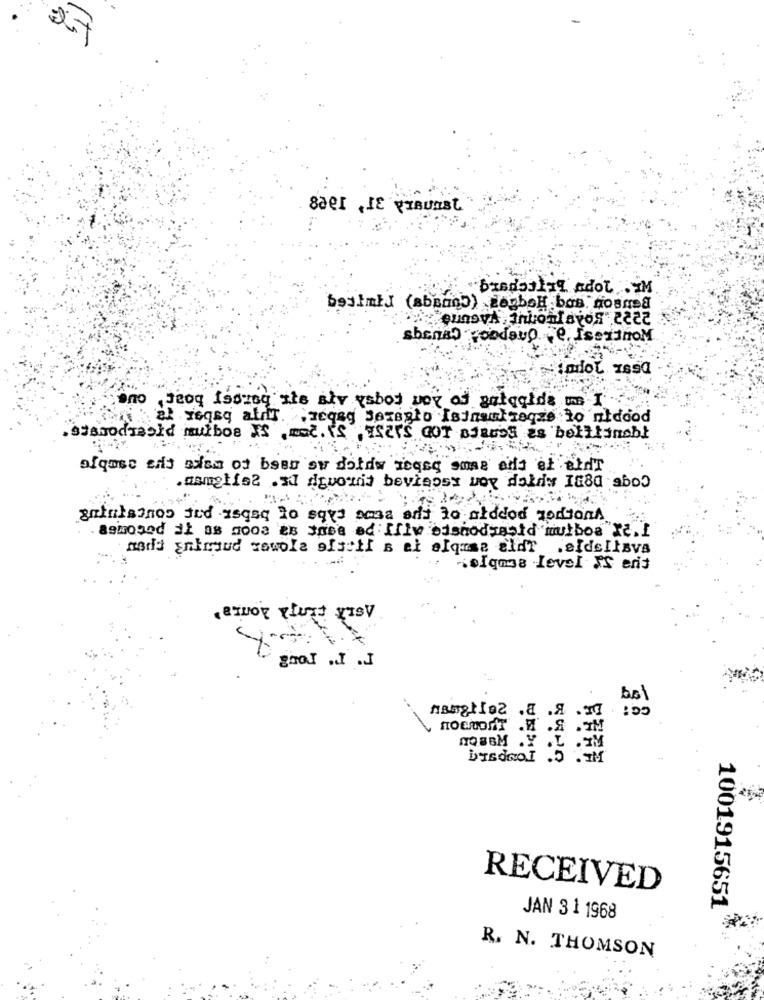
Sael , JE VIBURST
bradsting adol .IM
2222 SOAP TronuE " VAGUne
sbenso roodaug. e. IseTinoM
todol zssd
no Jeog Istreg Ite alv yshot voy of gatagida ms I
al reqsq aldr.
V. . Jegeg BerBato Isinaattaque to ntdood
siamodraold mutbos VS .med. IS PYSZ'S GOT BIRLOS es beltiinobl
alamse ent mism of been aw dolds reqse some als et eidr
.asmelis2 .xd digvomis bevisosx box dokdy I880 abo)
gatulajnos and isgaq to sql sama any to addod rodionA
Samogod dł as moos es sosa ed Ilw bishodgebid mulbos X2.I
-ioIqmas Level IS eris
.
CC :
пвотаНог .. . Я .17
HOCHONT .W .S .TM
NOBBM .Y .L .IM
bisdeol .5 .IM
RECEIVED
1001915651
JAN 3 1 1968
R. N. THOMSON